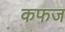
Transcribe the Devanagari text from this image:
कफज